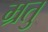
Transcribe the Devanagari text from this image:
म्रतु